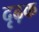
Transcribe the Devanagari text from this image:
दृढ़क